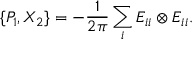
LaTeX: \{ P _ { 1 } , X _ { 2 } \} = - \frac { 1 } { 2 \pi } \sum _ { i } E _ { i i } \otimes E _ { i i } .